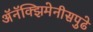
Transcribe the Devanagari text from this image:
अॅनॅक्झिमेनीसपुढे